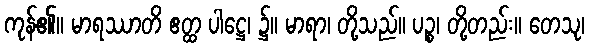
ကုန်၏။ မာရဿာတိ ဧတ္ထ ပါဋ္ဌေ၊ ၌။ မာရာ၊ တို့သည်။ ပဉ္စ၊ တို့တည်း။ တေသု၊